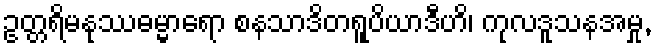
ဥတ္တရိမနုဿဓမ္မာရော စနသာဒိတရူပိယာဒီဟိ၊ ကုလဒူသနအမှု,